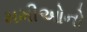
મમીઓનો